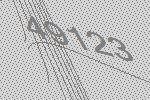
49123